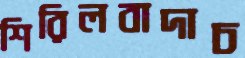
শিরিলবাদাচ